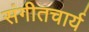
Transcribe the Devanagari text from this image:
संगीतचार्य